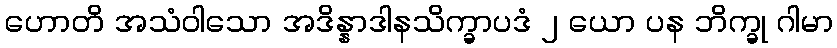
ဟောတိ အသံဝါသော အဒိန္နာဒါနသိက္ခာပဒံ ၂ ယော ပန ဘိက္ခု ဂါမာ